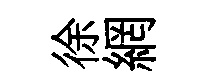
徐網